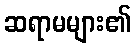
ဆရာမများ၏